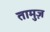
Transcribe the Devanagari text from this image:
तामुज़